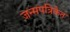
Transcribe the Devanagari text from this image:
जन्मपत्रिकेत